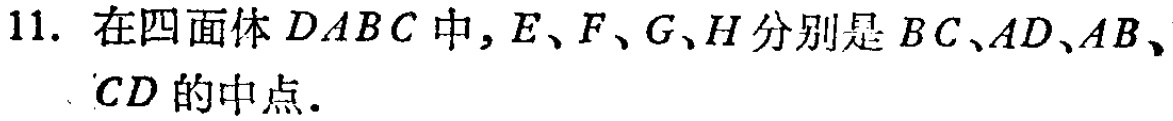
11. 在四面体 \(DABC\) 中，\(E、F、G、H\) 分别是 \(BC、AD、AB、CD\) 的中点.